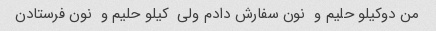
من دوکیلو حلیم و  نون سفارش دادم ولی  کیلو حلیم و  نون فرستادن